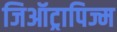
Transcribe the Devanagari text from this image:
जिऑट्रापिज्म